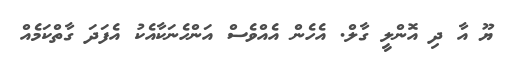
ޔޫ އާ ދި އޮންލީ ގާލް. އެހެން އެއްވެސް އަންހެނަކާއެކު އެފަދަ ގާތްކަމެއް